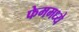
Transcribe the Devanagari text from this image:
फेममध्ये